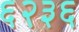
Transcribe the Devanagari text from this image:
६२३६